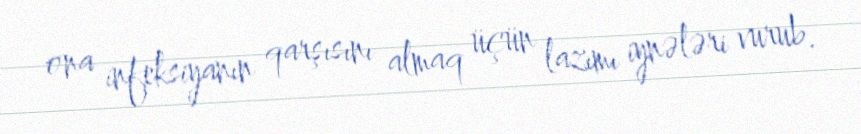
ona infeksiyanın qarşısını almaq üçün lazımı iynələri vurub.